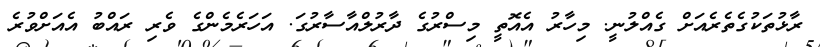
ރާޅުތަކުގެތެރެއަށް ގެއްލުނީ. މިހާރު އެެއޮތީ މިސްރުގެ ދާރުލްއާސާރުގަ. އަހަރެމެންގެ ވެރި ރައްބު އެެއަށްވުރެ